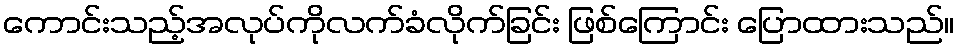
ကောင်းသည့်အလုပ်ကိုလက်ခံလိုက်ခြင်း ဖြစ်ကြောင်း ပြောထားသည်။